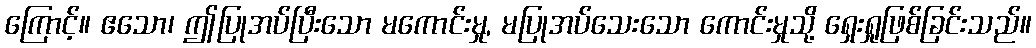
ကြောင့်။ ဧသော၊ ဤပြုအပ်ပြီးသော မကောင်းမှု, မပြုအပ်သေးသော ကောင်းမှုသို့ ရှေးရှုဖြစ်ခြင်းသည်။